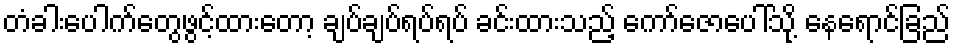
တံခါးပေါက်တွေဖွင့်ထားတော့ ချပ်ချပ်ရပ်ရပ် ခင်းထားသည့် ကော်ဇောပေါ်သို့ နေရောင်ခြည်